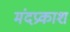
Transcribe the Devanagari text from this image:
मंदप्रकाश